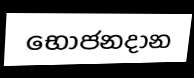
භොජනදාන